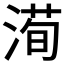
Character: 𱧵